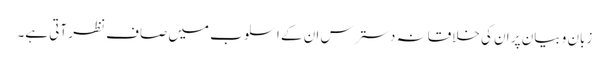
زبان و بیان پر ان کی خلاقانہ دسترس ان کے اسلوب میں صاف نظر آتی ہے۔